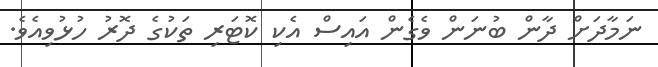
ނަމާދަށް ދާން ބުނަން ވެގެން އައިސް އެކި ކޮޓަރި ތަކުގެ ދޮރު ހުޅުވިއެވެ.